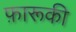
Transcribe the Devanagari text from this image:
फ़ारूकी